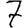
Digit: 7